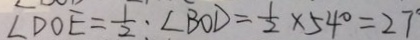
\angle D O E = \frac { 1 } { 2 } : \angle B O D = \frac { 1 } { 2 } \times 5 4 ^ { \circ } = 2 7 ^ { \circ }